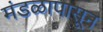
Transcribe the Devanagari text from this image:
मंडळापासून